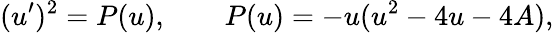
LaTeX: (u^{\prime})^{2}=P(u),\qquad P(u)=-u(u^{2}-4u-4A),